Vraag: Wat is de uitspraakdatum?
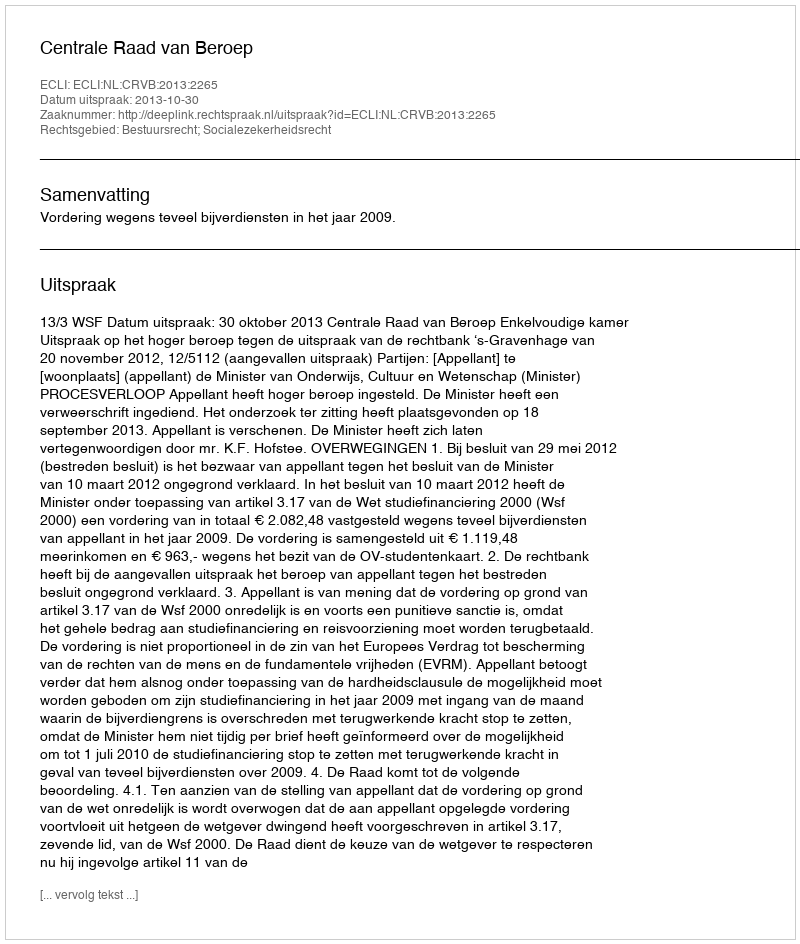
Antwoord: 2013-10-30